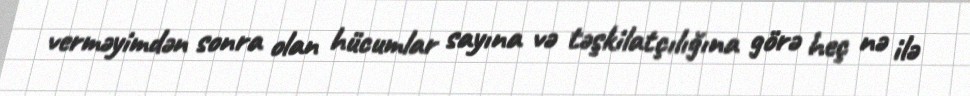
verməyimdən sonra olan hücumlar sayına və təşkilatçılığına görə heç nə ilə